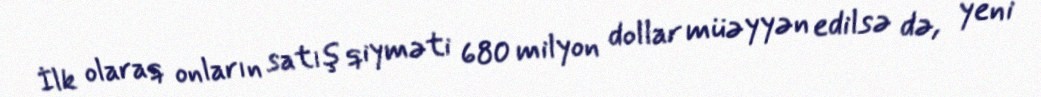
İlk olaraq onların satış qiyməti 680 milyon dollar müəyyən edilsə də, yeni